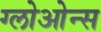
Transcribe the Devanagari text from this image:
ग्लोओन्स